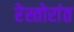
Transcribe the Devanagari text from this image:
रेस्तोरांत